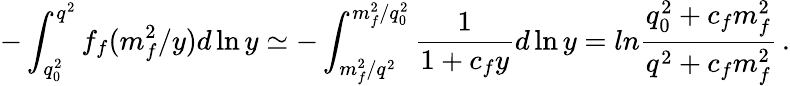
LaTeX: -\int_{q_{0}^{2}}^{q^{2}}f_{f}(m_{f}^{2}/y)d\ln y\simeq-\int_{m_{f}^{2}/q^{2}}^{m_{f}^{2}/q_{0}^{2}}\frac{1}{1+c_{f}y}d\ln y=ln\frac{q_{0}^{2}+c_{f}m_{f}^{2}}{q^{2}+c_{f}m_{f}^{2}}\, .